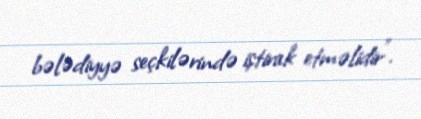
bələdiyyə seçkilərində iştirak etməlidir”.